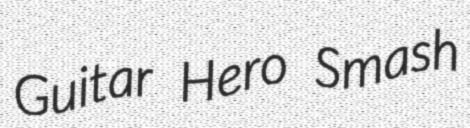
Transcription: Guitar Hero Smash